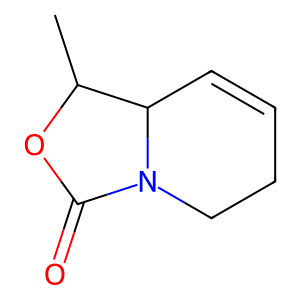
SMILES: CC1OC(=O)N2CCC=CC12
Inhibits HIV replication: No